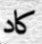
كاد